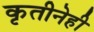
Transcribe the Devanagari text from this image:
कृतीनेही